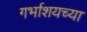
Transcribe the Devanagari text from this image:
गर्भाशयच्या